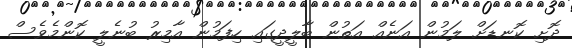
ދޮށި ކޮނޑަށް ލަމުން އަނެއް އަތުން ބާލީދީގައި ހިފަމުން އާމިރު ބުނެލީ ކޮންމެވެސް